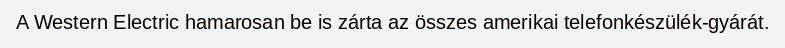
A Western Electric hamarosan be is zárta az összes amerikai telefonkészülék-gyárát.